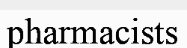
pharmacists